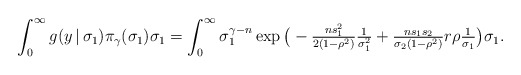
\begin{align*}\int_{0}^{\infty} g(y \, | \, \sigma_{1}) \pi_{\gamma}(\sigma_{1}) \sigma_{1} = \int_{0}^{\infty} \sigma_{1}^{\gamma - n} \exp \big ( - \tfrac{n s_{1}^{2}}{2(1-\rho^{2})} \tfrac{1}{\sigma_{1}^{2}} + \tfrac{n s_{1} s_{2} }{\sigma_{2} (1-\rho^{2})} r \rho \tfrac{1}{\sigma_{1}} \big ) \sigma_{1}. \end{align*}